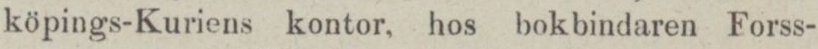
köpings-Kuriens kontor, hos bokbindaren Forss-